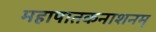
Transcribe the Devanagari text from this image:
महापातकनाशनम्‌